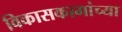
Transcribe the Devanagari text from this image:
विकासकामांच्या